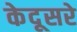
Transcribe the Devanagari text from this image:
केदूसरे